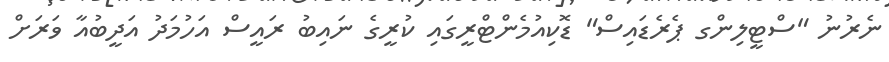
ނެރުނު "ސްޓީލިންގ ޕެރެޑައިސް" ޑޮކިއުމެންޓްރީގައި ކުރީގެ ނައިބު ރައީސް އަހުމަދު އަދީބުއާ ވަރަށް